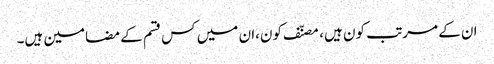
ان کے مرتب کون ہیں، مصنّف کون،ان میں کس قسم کے مضامین ہیں۔